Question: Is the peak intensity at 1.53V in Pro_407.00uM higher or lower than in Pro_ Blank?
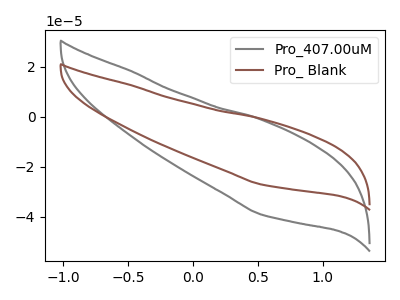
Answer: <think>The gray curve "Pro_407.00uM" has no peaks. The brown curve "Pro_ Blank" has no peaks.</think>
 <answer>"Pro_407.00uM" and "Pro_ Blank" dont share a peak at 1.53V.</answer>
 <eval>mismatch</eval>